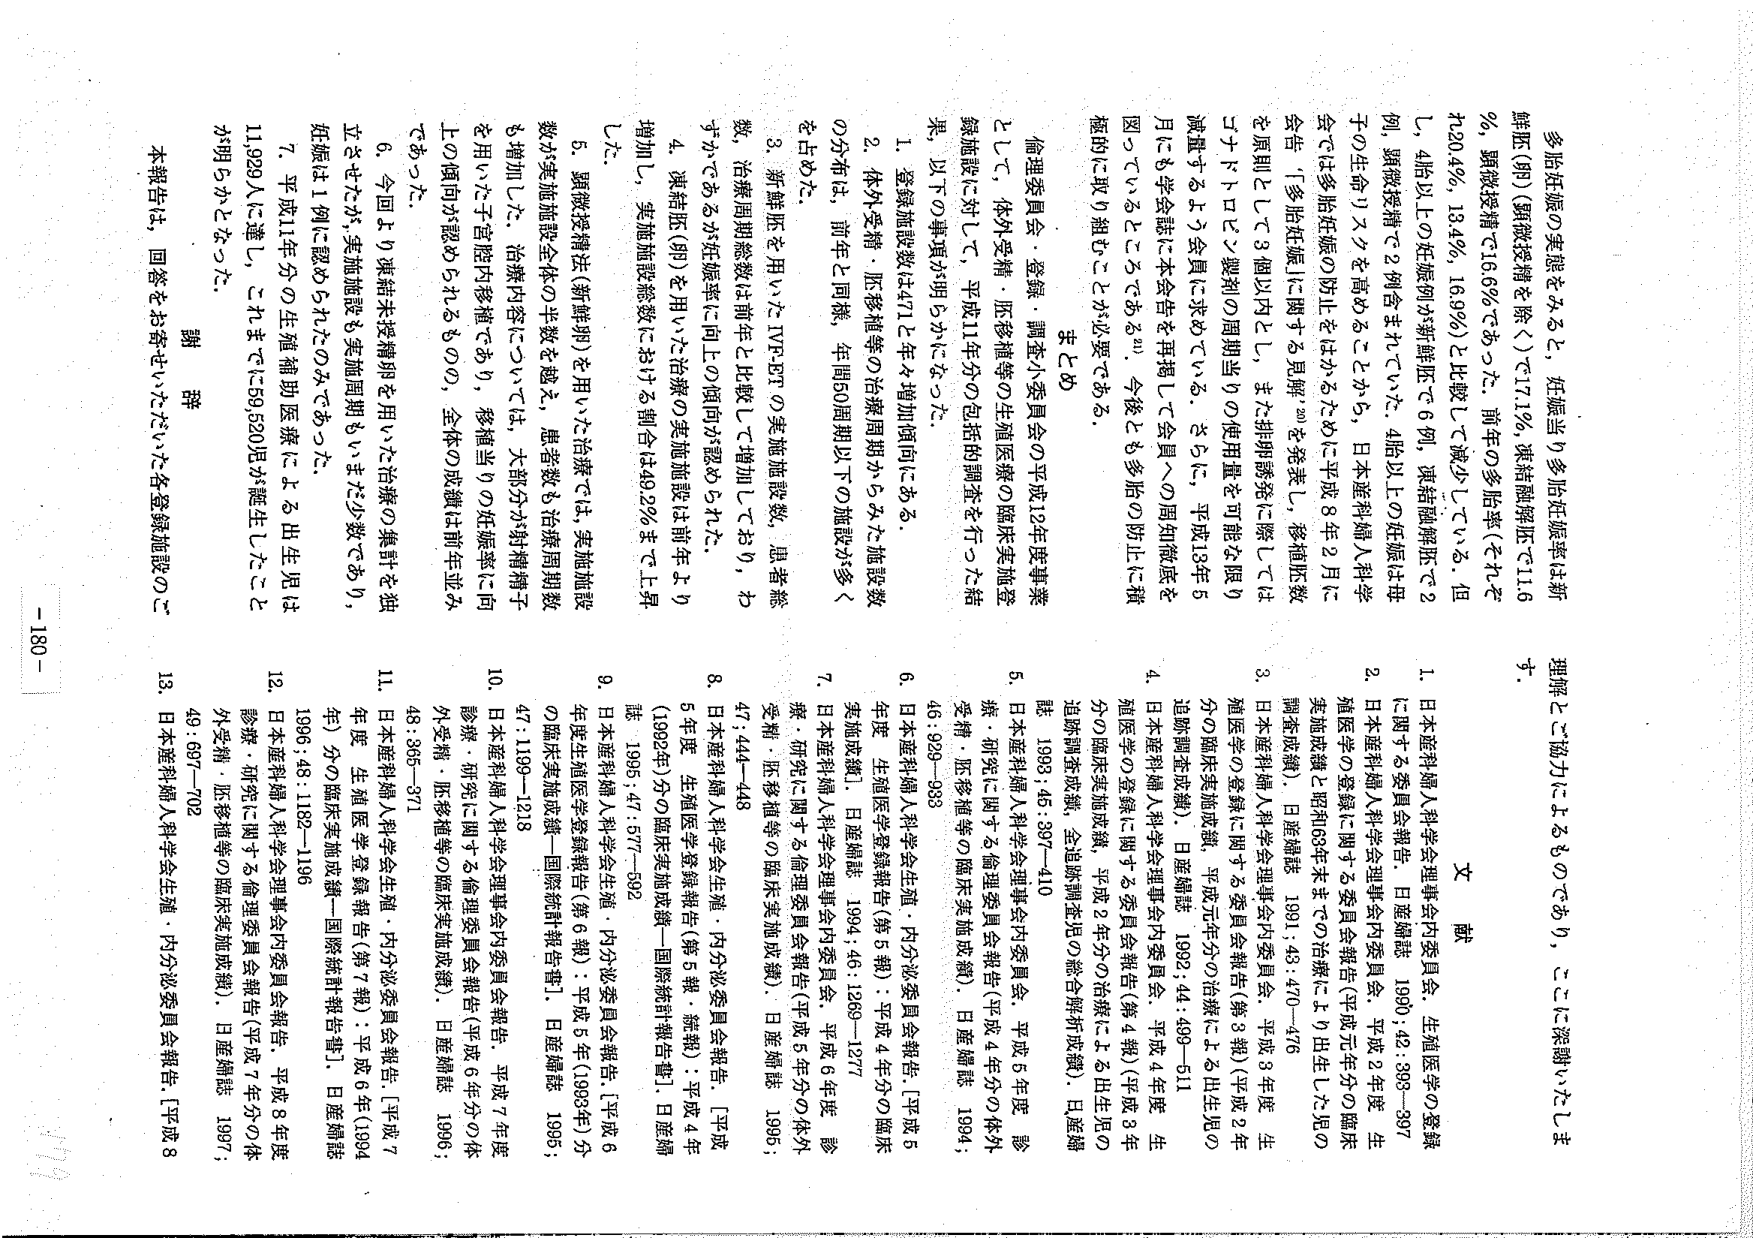
多胎妊娠の実態をみると，妊娠当り多胎妊娠率は新鮮胚（卵）（顕微授精を除く）で17.1％，凍結融解胚で11.6％，顕微授精で16.6％であった．前年の多胎率（それぞ れ20.4％，13.4％，16.9％）と比較して減少している．但し，4胎以上の妊娠例が新鮮胚で6例，凍結融解胚で2例，顕微授精で2例含まれていた．4胎以上の妊娠は母子の生命リスクを高めることがから，日本産科婦人科学会では多胎妊娠の防止をはかるために平成8年2月に会告「多胎妊娠に関する見解」を発表し，移植胚数を原則として3個以内とし，また排卵誘発に際してはコナドトロピン製剤の周期当りの使用量を可能な限り減量するよう会員に求めている．さらに，平成13年5月にも学会誌に本会告を再掲して会員への周知徹底を図っているところである21）．今後とも多胎の防止に積極的に取り組むことが必要である．

まとめ
倫理委員会・登録・調査小委員会の平成12年度事業として，体外受精・胚移植等の生殖医療の臨床実施登録施設に対して，平成11年分の包括的調査を行った結果，以下の事項が明らかになった．

1．登録施設数は471と年々増加傾向にある．
2．体外受精・胚移植等の治療周期からみた施設数の分布は，前年と同様，年間50周期以下の施設が多くを占めた．
3．新鮮胚を用いたIVF-ETの実施施設数，患者総数，治療周期総数は前年と比較して増加しており，わずかであるが妊娠率に向上の傾向が認められた．
4．凍結胚（卵）を用いた治療の実施施設は前年より増加し，実施施設総数における割合は49.2％まで上昇した．
5．顕微授精法（新鮮卵）を用いた治療では，実施施設数が実施施設全体の半数を超え，患者数も治療周期数も増加した．治療内容については，大部分が対精細子を用いた子宮腔内移植であり，移植当りの妊娠率に向上の傾向が認められるものの，全体の成績は前年並みであった．
6．今回より凍結未授精卵を用いた治療の集計を独立させたが，実施施設も実施周期もいまだ少数であり，妊娠は1例に認められたのみであった．
7．平成11年分の生殖補助医療による出生児は11,929人に達し，これまでに59,520児が誕生したことが明らかとなった．

謝辞
本報告は，回答をお寄せいただいた各登録施設のご理解とご協力によるものであり，ここに深謝いたします．

文献
1．日本産科婦人科学会理事会内委員会，生殖医学の登録に関する委員会報告．日産婦誌 1990；42：393-397
2．日本産科婦人科学会理事会内委員会，平成2年度生殖医学の登録に関する委員会報告（平成元年分の臨床実施成績と昭和63年末までの治療により出生した児の調査成績）．日産婦誌 1991；43：470-476
3．日本産科婦人科学会理事会内委員会，平成3年度生殖医学の登録に関する委員会報告（第3報）（平成2年分の臨床実施成績）．日産婦誌 1992；44：509-511
4．日本産科婦人科学会理事会内委員会，平成4年度生殖医学の登録に関する委員会報告（第4報）（平成3年分の臨床実施成績，平成2年分の治療による出生児の追跡調査成績，全追跡調査児の総合解析成績）．日産婦誌 1993；45：397-410
5．日本産科婦人科学会理事会内委員会，平成5年度診療・研究に関する倫理委員会報告（平成4年分の体外受精・胚移植等の臨床実施成績）．日産婦誌 1994；46：929-933
6．日本産科婦人科学会生殖・内分泌委員会報告［平成5年度 生殖医学登録報告（第5報）：平成4年分の臨床実施成績］．日産婦誌 1994；46：1269-1277
7．日本産科婦人科学会理事会内委員会，平成6年度診療・研究に関する倫理委員会報告（平成5年分の体外受精・胚移植等の臨床実施成績）．日産婦誌 1995；47：444-448
8．日本産科婦人科学会生殖・内分泌委員会報告．［平成5年度 生殖医学登録報告（第5報・総報）：平成4年（1992年）分の臨床実施成績－国際統計報告書］．日産婦誌 1995；47：577-592
9．日本産科婦人科学会生殖・内分泌委員会報告．［平成6年度 生殖医学登録報告（第6報）：平成5年（1993年）分の臨床実施成績－国際統計報告書］．日産婦誌 1995；47：1199-1218
10．日本産科婦人科学会理事会内委員会報告．平成7年度診療・研究に関する倫理委員会報告（平成6年分の体外受精・胚移植等の臨床実施成績）．日産婦誌 1996；48：365-371
11．日本産科婦人科学会生殖・内分泌委員会報告．［平成7年度 生殖医学登録報告（第7報）：平成6年（1994年）分の臨床実施成績－国際統計報告書］．日産婦誌 1996；48：1182-1196
12．日本産科婦人科学会理事会内委員会報告．平成8年度診療・研究に関する倫理委員会報告（平成7年分の体外受精・胚移植等の臨床実施成績）．日産婦誌 1997；49：697-702
13．日本産科婦人科学会生殖・内分泌委員会報告．［平成8

- 180 -